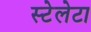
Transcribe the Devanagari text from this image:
स्टेलेटा